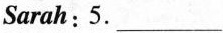
Sarah:5. ___